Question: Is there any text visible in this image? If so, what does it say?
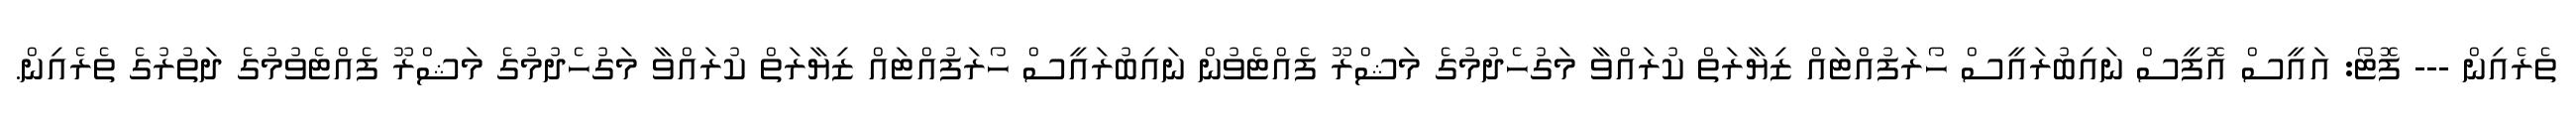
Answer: ތެރެއިން --- ފޮޓޯ: އައީސް އޮފީސް ނައިބުރައީސް ހޯރަފުއްޓައް ޒިޔާރަތް ކުރައްވާ މަގުހެދުމުގެ މަޝްރޫ ފެއްޓެވުން ނައިބުރައީސް ހޯރަފުއްޓައް ޒިޔާރަތް ކުރައްވާ މަގުހެދުމުގެ މަޝްރޫ ފެއްޓެވުމުގެ ދަތުރުގެ ތެރެއިން.